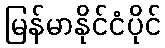
မြန်မာနိုင်ငံပိုင်